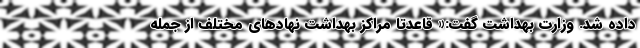
داده شد. وزارت بهداشت گفت:« قاعدتا مراکز بهداشت نهادهای مختلف از جمله